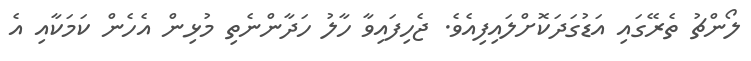
ލޯންޗު ތެރޭގައި އަޑުގަދަކޮށްލައިފިއެވެ. ޖެހިފައިވާ ހާލު ހަދާންނެތި މުޅިން އެހެން ކަމަކާއި އެ